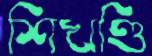
শিখণ্ডি